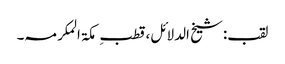
لقب:شیخ الدلائل،قطبِ مکۃ المکرمہ۔